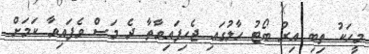
މީހަކު ތިބި އިރު ބޯޓު ހާލުގައި ޖެހިފައިވާތާ ދެ މަސް ވެފައިވާ ކަމަށް